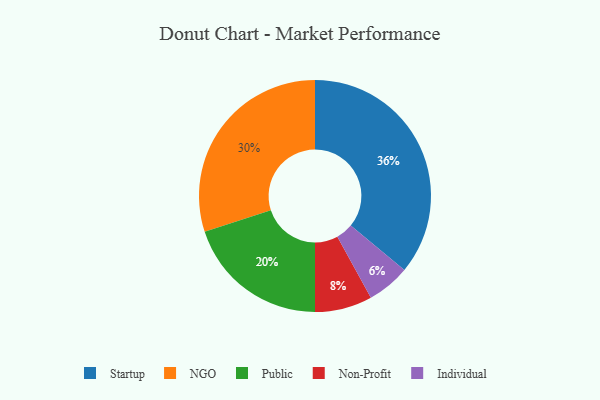
{"axis": {"x": "Category", "y": "Percentage"}, "legend": ["Individual", "NGO", "Non-Profit", "Public", "Startup"], "data": [{"x": "Non-Profit", "y": 8, "type": "Non-Profit"}, {"x": "Individual", "y": 6, "type": "Individual"}, {"x": "Startup", "y": 36, "type": "Startup"}, {"x": "Public", "y": 20, "type": "Public"}, {"x": "NGO", "y": 30, "type": "NGO"}]}